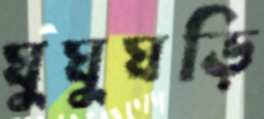
ঘুঘুঘড়ি